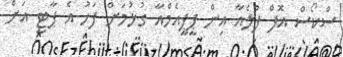
ސްކޯސް އޮފް ފުލެއާ އިން ޕީޕީއެމްއާ ގުޅުމަށް ފަހު އެ ޕާޓީ އަށް